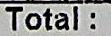
TOTAL :